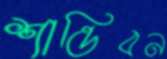
শান্তিবন